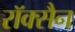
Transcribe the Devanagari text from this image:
रॉक्सैन